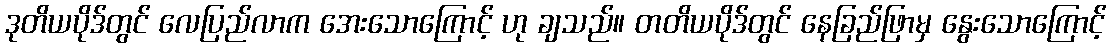
ဒုတိယပိုဒ်တွင် လေပြည်လာက အေးသောကြောင့် ဟု ချသည်။ တတိယပိုဒ်တွင် နေခြည်ဖြာမှ နွေးသောကြောင့်